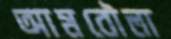
আমবৌলা